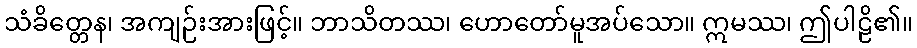
သံခိတ္တေန၊ အကျဉ်းအားဖြင့်။ ဘာသိတဿ၊ ဟောတော်မူအပ်သော။ ဣမဿ၊ ဤပါဠိ၏။